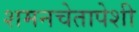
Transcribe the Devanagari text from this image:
शमनचेतापेशी